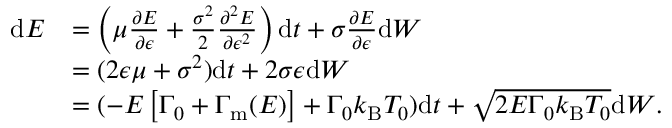
\begin{array} { r l } { \mathrm { d } E } & { = \left( \mu \frac { \partial E } { \partial \epsilon } + \frac { \sigma ^ { 2 } } { 2 } \frac { \partial ^ { 2 } E } { \partial \epsilon ^ { 2 } } \right) \mathrm { d } t + \sigma \frac { \partial E } { \partial \epsilon } \mathrm { d } { W } } \\ & { = ( 2 \epsilon \mu + \sigma ^ { 2 } ) \mathrm { d } t + 2 \sigma \epsilon \mathrm { d } { W } } \\ & { = ( - E \left[ { \Gamma _ { 0 } + \Gamma _ { \mathrm { m } } ( E ) } \right] + { \Gamma _ { 0 } k _ { \mathrm { B } } T _ { 0 } } ) \mathrm { d } t + \sqrt { 2 E \Gamma _ { 0 } k _ { \mathrm { B } } T _ { 0 } } \mathrm { d } { W } \mathrm { . } } \end{array}